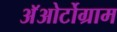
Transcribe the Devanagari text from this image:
अॅओर्टोग्राम